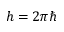
h = 2 \pi \hbar